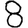
Digit: 8